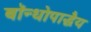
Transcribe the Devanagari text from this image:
बॉन्धोपाद्धैय